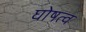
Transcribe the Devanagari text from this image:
घोषत्व